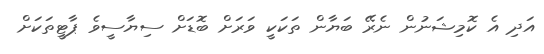
އަދި އެ ކޮމިޝަނުން ނެރޭ ބަޔާން ތަކަކީ ވަރަށް ބޮޑަށް ސިޔާސީވެ ޕާޓީތަކަށް